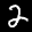
Label: 2